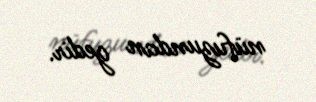
nüfuzundan gedir.